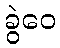
ခွဲဝေ